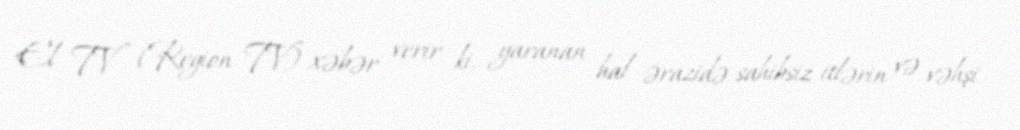
El TV (Region TV) xəbər verir ki, yaranan hal ərazidə sahibsiz itlərin və vəhşi